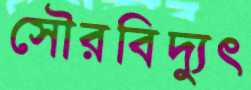
সৌরবিদ্যুৎ